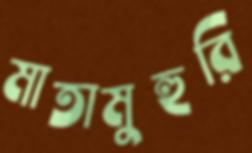
মাতামুহুরি